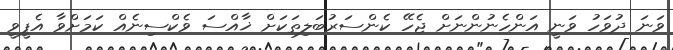
ވަނަ ދުވަހު ވަނީ އަންހެނުންނަށް ޖެހޭ ކެންސަރުބަލިތަކަށް ޚާއްސަ ވެކްސިނެއް ކަމަށްވާ އެޕީވީ